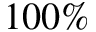
1 0 0 \%